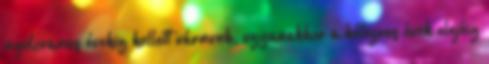
nyolcvanas évekig kellett várnunk, ugyanakkor a kétezres évek elejéig